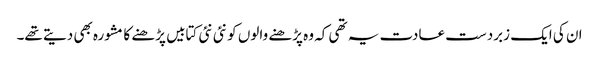
ان کی ایک زبردست عادت یہ تھی کہ وہ پڑھنے والوں کو نئی نئی کتابیں پڑھنے کا مشورہ بھی دیتے تھے۔